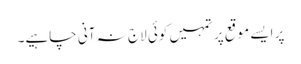
پر ایسے موقع پر تمہیں کوئی لاج نہ آنی چاہیے۔